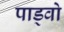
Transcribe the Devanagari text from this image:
पाड्वो